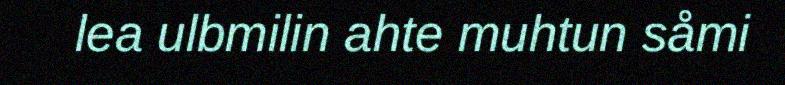
lea ulbmilin ahte muhtun såmi